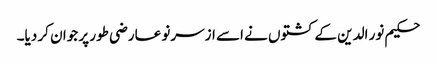
حکیم نور الدین کے کشتوں نے اسے ازسرنو عارضی طور پر جوان کر دیا۔